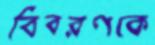
বিবরণকে